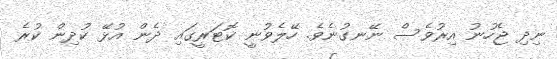
ނިދި ޖެހުނު އިރުވެސް ނޭނގުނެވެ. ހޭލެވުނީ ކޮޓަރީގައި ދެން އުޅޭ ކުދިން ކުރެ